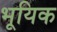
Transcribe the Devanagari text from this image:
भूयिक